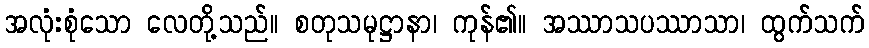
အလုံးစုံသော လေတို့သည်။ စတုသမုဋ္ဌာနာ၊ ကုန်၏။ အဿာသပဿာသာ၊ ထွက်သက်